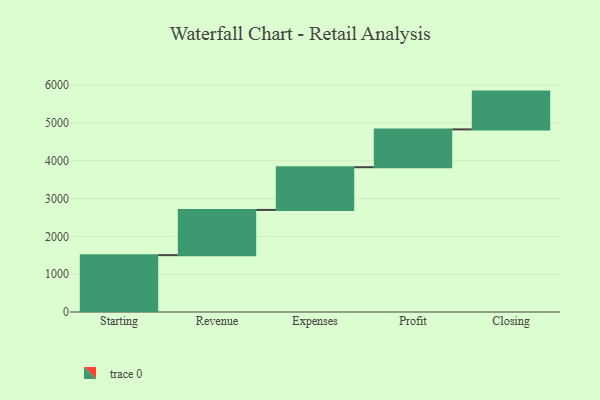
{"axis": {"x": "Step", "y": "Value"}, "legend": [""], "data": [{"x": "Starting", "y": 1504.0, "type": ""}, {"x": "Revenue", "y": 1196.0, "type": ""}, {"x": "Expenses", "y": 1130.0, "type": ""}, {"x": "Profit", "y": 1000, "type": ""}, {"x": "Closing", "y": 1000, "type": ""}]}